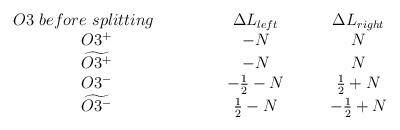
LaTeX: \begin{align*}\begin{array}{ccc}O3~before~splitting~~~~~ & ~~~~~~~ \Delta L_{left}~~~~~~~& \Delta L_{right} \\O3^+ & -N & N \\\widetilde{O3^+} & -N & N \\O3^- & -\frac{1}{2}-N & \frac{1}{2}+N \\\widetilde{O3^-} & \frac{1}{2}-N & -\frac{1}{2}+N \\\end{array}\end{align*}